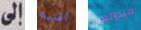
إلى اشبه فيدراليون